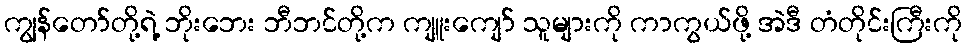
ကျွန်တော်တို့ရဲ့ ဘိုးဘေး ဘီဘင်တို့က ကျူးကျော် သူများကို ကာကွယ်ဖို့ အဲဒီ တံတိုင်းကြီးကို